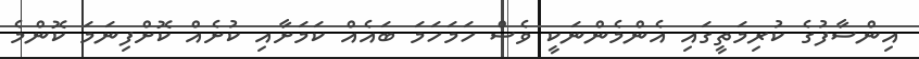
އިންސާފުގެ ކުރިމަތީގައި އެންމެންނަކީ ވެސް ހަމަހަމަ ބައެއް ކަމަށާއި ކުށެއް ކޮށްފިނަމަ ކޮންމެ